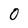
Character: 0